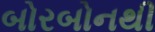
બોરબોનથી